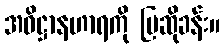
အဓိဋ္ဌာနဟာရကို ပြဆိုခန်း။